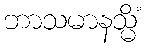
ဘာသမာနသ္မိံ